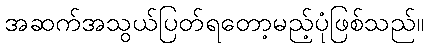
အဆက်အသွယ်ပြတ်ရတော့မည့်ပုံဖြစ်သည်။